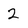
Character: 2